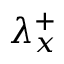
{ { \lambda } _ { x } ^ { + } }